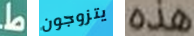
ط يتزوجون هذه